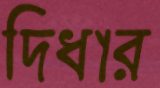
দ্বিধার